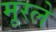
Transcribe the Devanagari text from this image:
मूरले